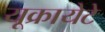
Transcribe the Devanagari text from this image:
यूक्रायेटे